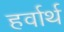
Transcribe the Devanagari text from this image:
हर्वार्थ